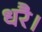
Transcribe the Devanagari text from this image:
धरै।